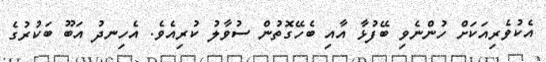
އެކުވެރިއަކަށް ހުންނެވި ބޭފުޅާ އާއި ބެހޭގޮތުން ސުވާލު ކުރިއެވެ. އެހިނދު އަބޫ ބަކުރުގެ